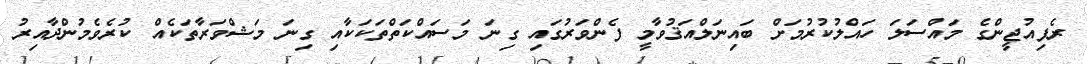
ރެފިއުޖީންގެ މައްސަލަ ހައްލުކުރުމަށް ބައިނަލްއަޤުވާމީ ފެންވަރުގައި ގިނަ މަސައްކަތްތަކަކާއި ގިނަ މަޝްވަރާތަކެއް ކުރެވެމުންދާއިރު